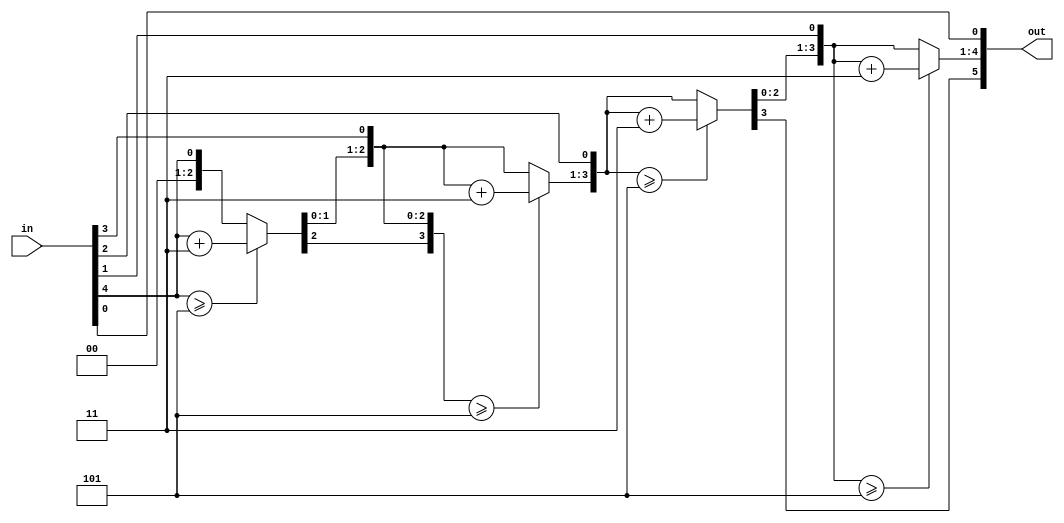
module binarytobcd(in, out);
	input wire[4: 0] in;
	output wire[5: 0] out;
	reg[3: 0] lsb;
	reg[1: 0] msb;
	integer i;
	always @(in) begin
		msb = 2'b00;
		lsb = 4'b0000;
		for(i = 4; i >= 0; i = i - 1) begin
			if(lsb >= 5) begin
				lsb = lsb + 3;
			end
			msb = msb << 1;
			msb[0] = lsb[3];
			lsb = lsb << 1;
			lsb[0] = in[i];
		end
	end
	assign out = {msb, lsb};
endmodule